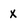
Character: x